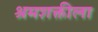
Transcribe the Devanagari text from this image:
श्रमशक्तीला